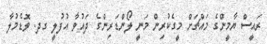
ރައީސް ޔާމީންގެ މައްޗަށް މީގެކުރިން މަނީ ލޯންޑަރިންގެ ދައުވާ އުފުލީ ގދ. ވޮޑެމުލާ